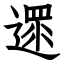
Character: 遝